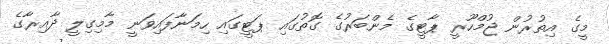
މީގެ އިތުރުން ޖުމްހޫރީ ޕާޓީގެ މެންބަރުގެ ގޮތުގައި ޕަޓީގައި ހިމަނާފައިވަނީ މާމިގިލީ ދާއިރާގެ